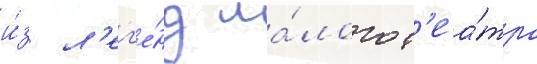
и́з л'ег'е́нд ма́лого т'еа́тра